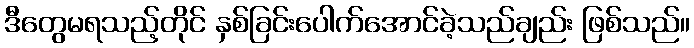
ဒီတွေမရသည့်တိုင် နှစ်ခြင်းပေါက်အောင်ခဲ့သည်ချည်း ဖြစ်သည်။